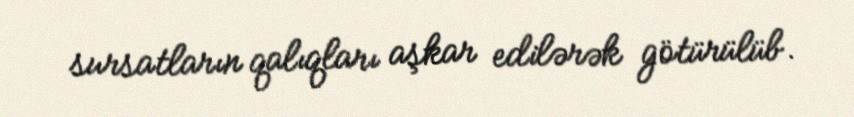
sursatların qalıqları aşkar edilərək götürülüb.